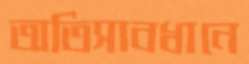
অতিসাবধানে